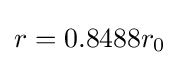
r=0.8488r_{0}